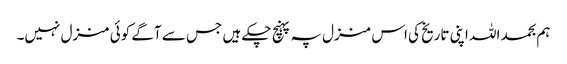
ہم بحمد اللہ اپنی تاریخ کی اس منزل پہ پہنچ چکے ہیں جس سے آگے کوئی منزل نہیں۔